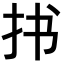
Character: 𪭣